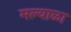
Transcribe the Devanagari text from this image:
मल्याळा